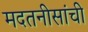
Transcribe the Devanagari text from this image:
मदतनीसांची